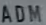
ADM